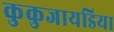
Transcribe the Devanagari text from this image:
कुकुजायडिया